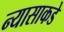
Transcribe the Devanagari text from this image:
न्यासाकडे